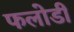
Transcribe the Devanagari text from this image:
फलोडी